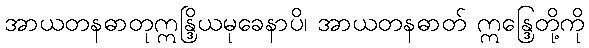
အာယတနဓာတုဣန္ဒြိယမုခေနာပိ၊ အာယတနဓာတ် ဣန္ဒြေတို့ကို